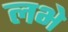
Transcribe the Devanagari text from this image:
लभे